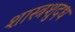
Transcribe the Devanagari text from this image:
शास्त्रशुदध